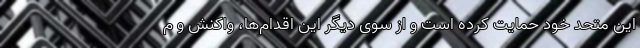
این متحد خود حمایت کرده است و از سوی دیگر این اقدام‌ها، واکنش و م